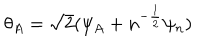
\theta _ { A } = \sqrt 2 ( \psi _ { A } + n ^ { - { \frac { 1 } { 2 } } } \psi _ { n } )